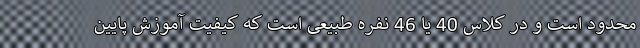
محدود است و در کلاس 40 یا 46 نفره طبیعی است که کیفیت آموزش پایین